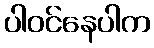
ပါဝင်နေပါက